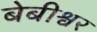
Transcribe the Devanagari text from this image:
बेबीश्वर